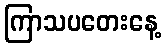
ကြာသပတေးနေ့